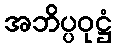
အဘိပ္ပဝုဋ္ဌံ